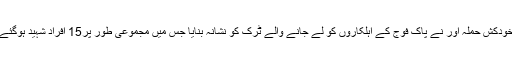
خودکش حملہ آور نے پاک فوج کے اہلکاروں کو لے جانے والے ٹرک کو نشانہ بنایا جس میں مجموعی طور پر15 افراد شہید ہوگئے۔